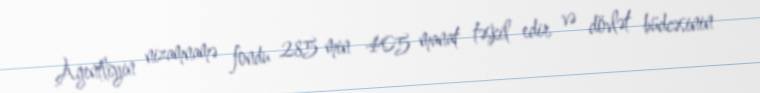
Agentliyin nizamnamə fondu 285 min 405 manat təşkil edir və dövlət büdcəsinin